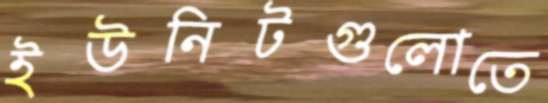
ইউনিটগুলোতে